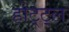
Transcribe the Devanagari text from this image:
होट्ट्ल